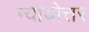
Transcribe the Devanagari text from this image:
न्यायोत्तर